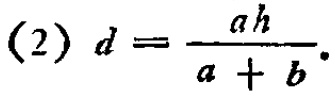
(2) \(d = \frac{ah}{a + b}\).